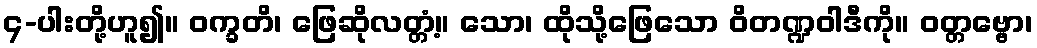
၄-ပါးတို့ဟူ၍။ ဝက္ခတိ၊ ဖြေဆိုလတ္တံ့။ သော၊ ထိုသို့ဖြေသော ဝိတဏ္ဍဝါဒီကို။ ဝတ္တဗ္ဗော၊